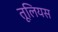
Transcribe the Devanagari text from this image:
तूलियस